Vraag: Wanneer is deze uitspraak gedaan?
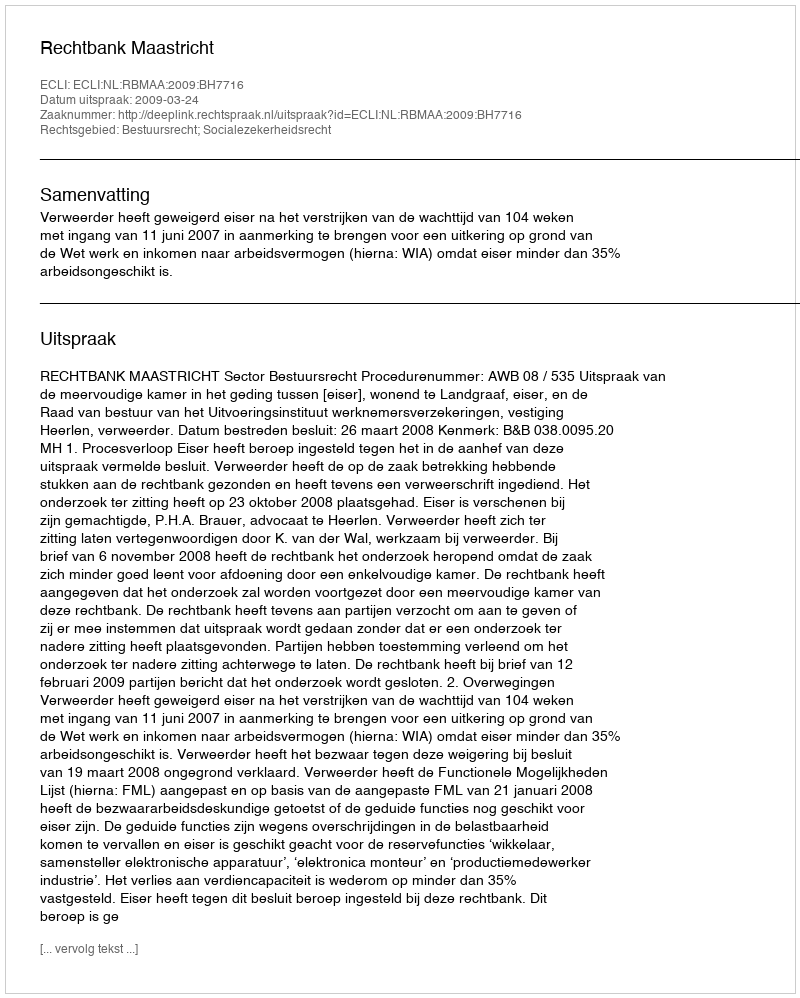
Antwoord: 2009-03-24